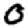
Digit: 0